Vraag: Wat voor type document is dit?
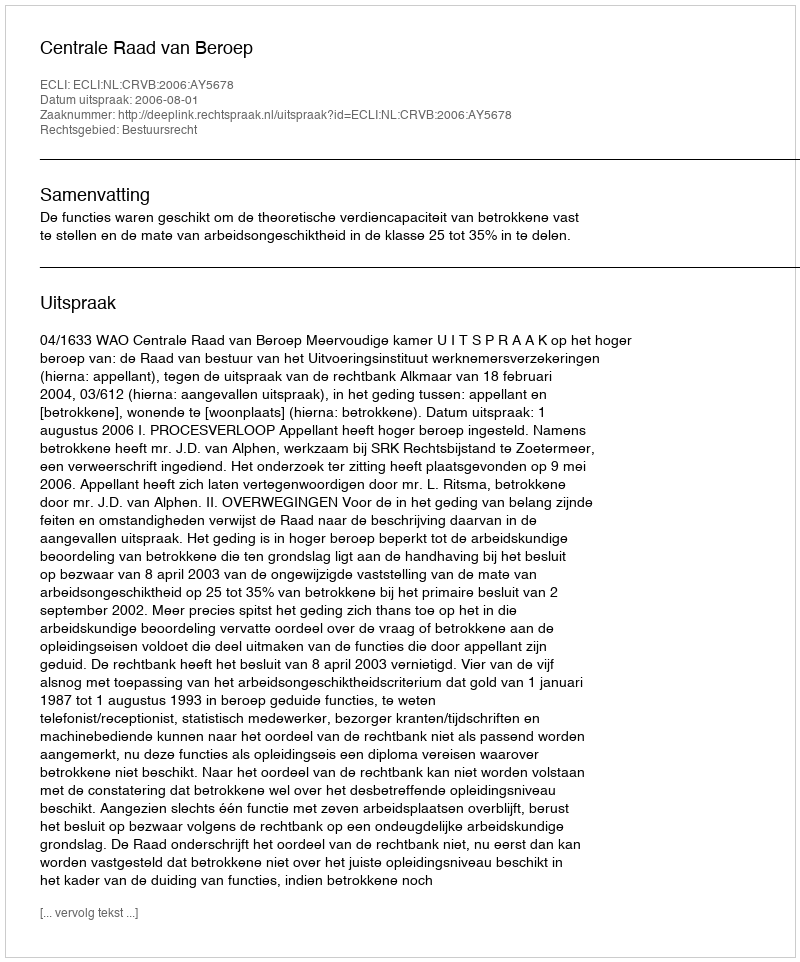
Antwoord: Uitspraak